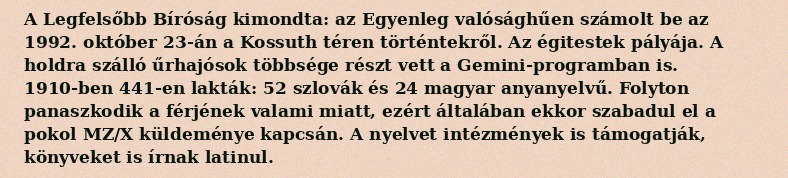
A Legfelsőbb Bíróság kimondta: az Egyenleg valósághűen számolt be az 1992. október 23-án a Kossuth téren történtekről. Az égitestek pályája. A holdra szálló űrhajósok többsége részt vett a Gemini-programban is. 1910-ben 441-en lakták: 52 szlovák és 24 magyar anyanyelvű. Folyton panaszkodik a férjének valami miatt, ezért általában ekkor szabadul el a pokol MZ/X küldeménye kapcsán. A nyelvet intézmények is támogatják, könyveket is írnak latinul.